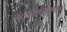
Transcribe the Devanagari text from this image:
नृत्यकलेप्रमाणे